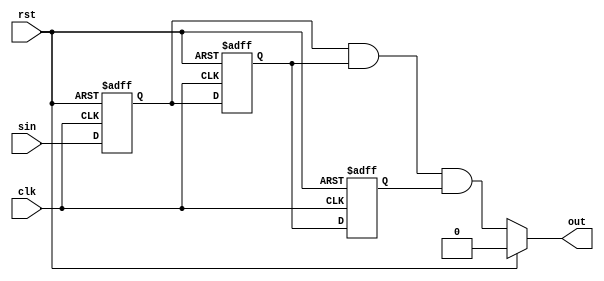
`timescale 1ns / 1ps
module debouncer(
input clk,
input rst,
input sin,
output out
);

reg q0,q1,q2;

    always @(posedge clk, posedge rst ) begin
   
        if (rst==1'b1) begin
            q0<=0;
            q1<=0;
            q2<=0;
        end
        else begin
           q0<=sin;
           q1<=q0;
           q2<=q1;
        end
    end
   
    wire val;
    
    assign val=q0&&q1&&q2;
    assign out=(rst)? 0: val;
 
endmodule